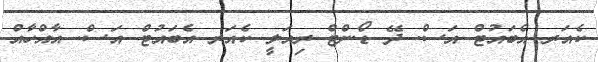
ކެއަރ އެބައުޓް އަސް. ދޭ ޑޯންޓް ރިއަލީ ކެއަރ އެބައުޓް އަސް. އާއްހާއް